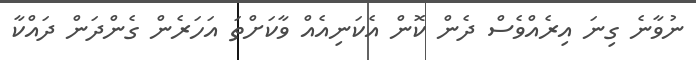
ނުވާނެ ގިނަ އިރެއްވެސް ދެން ކޮން އެކަނިއެއް ވާކަށްތަ އަހަރެން ގެންދަން ދައްކާ